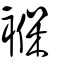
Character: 褓